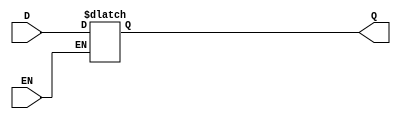
module async_gated_latch (
    input wire D,        // Data Input
    input wire EN,       // Enable
    output reg Q         // Output
);

// Always block that captures the functionality of the latch
always @* begin
    if (EN) begin
        // When EN is high, output Q follows D
        Q = D;
    end
    // If EN is low, Q retains its last value (hold state)
end

endmodule